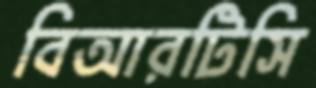
বিআরটিসি